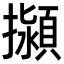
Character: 㩩